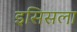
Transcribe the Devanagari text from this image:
इसिसला